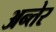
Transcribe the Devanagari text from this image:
अन्तेर